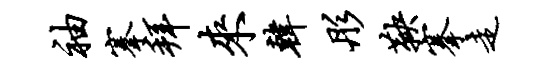
袖搴拜来韩彤鞅搴走